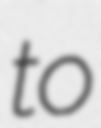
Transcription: to